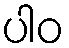
ပါဝ